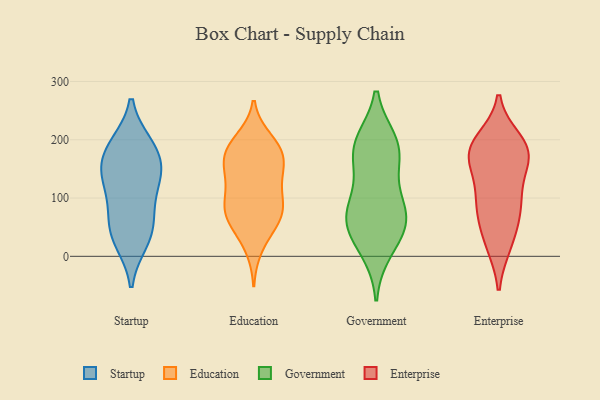
{"axis": {"x": "Inventory Turnover", "y": "Value"}, "legend": ["Education", "Enterprise", "Government", "Startup"], "data": [{"x": "", "y": 145, "type": "Startup"}, {"x": "", "y": 68, "type": "Startup"}, {"x": "", "y": 92, "type": "Startup"}, {"x": "", "y": 140, "type": "Startup"}, {"x": "", "y": 31, "type": "Startup"}, {"x": "", "y": 26, "type": "Startup"}, {"x": "", "y": 189, "type": "Startup"}, {"x": "", "y": 49, "type": "Startup"}, {"x": "", "y": 184, "type": "Startup"}, {"x": "", "y": 148, "type": "Startup"}, {"x": "", "y": 191, "type": "Startup"}, {"x": "", "y": 128, "type": "Startup"}, {"x": "", "y": 188, "type": "Education"}, {"x": "", "y": 64, "type": "Education"}, {"x": "", "y": 92, "type": "Education"}, {"x": "", "y": 161, "type": "Education"}, {"x": "", "y": 67, "type": "Education"}, {"x": "", "y": 144, "type": "Education"}, {"x": "", "y": 190, "type": "Education"}, {"x": "", "y": 109, "type": "Education"}, {"x": "", "y": 136, "type": "Education"}, {"x": "", "y": 49, "type": "Education"}, {"x": "", "y": 171, "type": "Education"}, {"x": "", "y": 83, "type": "Education"}, {"x": "", "y": 180, "type": "Education"}, {"x": "", "y": 149, "type": "Education"}, {"x": "", "y": 200, "type": "Education"}, {"x": "", "y": 68, "type": "Education"}, {"x": "", "y": 95, "type": "Education"}, {"x": "", "y": 15, "type": "Education"}, {"x": "", "y": 183, "type": "Government"}, {"x": "", "y": 11, "type": "Government"}, {"x": "", "y": 178, "type": "Government"}, {"x": "", "y": 59, "type": "Government"}, {"x": "", "y": 79, "type": "Government"}, {"x": "", "y": 195, "type": "Government"}, {"x": "", "y": 32, "type": "Government"}, {"x": "", "y": 143, "type": "Government"}, {"x": "", "y": 196, "type": "Government"}, {"x": "", "y": 57, "type": "Government"}, {"x": "", "y": 74, "type": "Government"}, {"x": "", "y": 86, "type": "Government"}, {"x": "", "y": 21, "type": "Enterprise"}, {"x": "", "y": 161, "type": "Enterprise"}, {"x": "", "y": 21, "type": "Enterprise"}, {"x": "", "y": 67, "type": "Enterprise"}, {"x": "", "y": 95, "type": "Enterprise"}, {"x": "", "y": 69, "type": "Enterprise"}, {"x": "", "y": 198, "type": "Enterprise"}, {"x": "", "y": 183, "type": "Enterprise"}, {"x": "", "y": 188, "type": "Enterprise"}, {"x": "", "y": 178, "type": "Enterprise"}, {"x": "", "y": 98, "type": "Enterprise"}, {"x": "", "y": 173, "type": "Enterprise"}, {"x": "", "y": 116, "type": "Enterprise"}, {"x": "", "y": 174, "type": "Enterprise"}]}